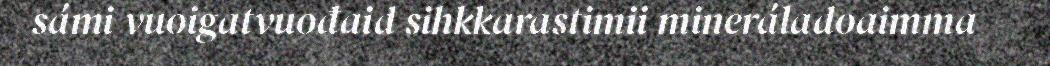
sámi vuoigatvuođaid sihkkarastimii mineráladoaimma